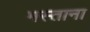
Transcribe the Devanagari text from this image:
मस्‍ताना